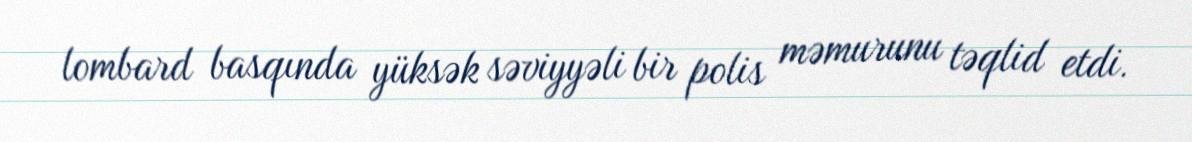
lombard basqında yüksək səviyyəli bir polis məmurunu təqlid etdi.